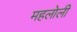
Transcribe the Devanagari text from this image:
महलोली